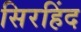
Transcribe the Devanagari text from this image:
सिरहिंद